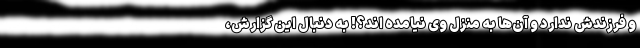
و فرزندش ندارد و آن‌ها به منزل وی نیامده اند؟! به دنبال این گزارش،